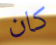
كان